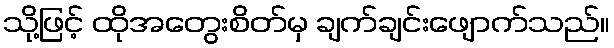
သို့ဖြင့် ထိုအတွေးစိတ်မှ ချက်ချင်းဖျောက်သည်။